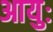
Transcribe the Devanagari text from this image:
आयुः